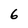
Character: 6